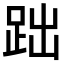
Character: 𧿺